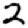
Digit: 2